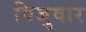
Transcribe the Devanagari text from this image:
विजुवार